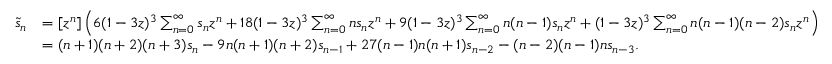
{ \begin{array} { r l } { { \tilde { s } } _ { n } } & { = [ z ^ { n } ] \left( 6 ( 1 - 3 z ) ^ { 3 } \sum _ { n = 0 } ^ { \infty } s _ { n } z ^ { n } + 1 8 ( 1 - 3 z ) ^ { 3 } \sum _ { n = 0 } ^ { \infty } n s _ { n } z ^ { n } + 9 ( 1 - 3 z ) ^ { 3 } \sum _ { n = 0 } ^ { \infty } n ( n - 1 ) s _ { n } z ^ { n } + ( 1 - 3 z ) ^ { 3 } \sum _ { n = 0 } ^ { \infty } n ( n - 1 ) ( n - 2 ) s _ { n } z ^ { n } \right) } \\ & { = ( n + 1 ) ( n + 2 ) ( n + 3 ) s _ { n } - 9 n ( n + 1 ) ( n + 2 ) s _ { n - 1 } + 2 7 ( n - 1 ) n ( n + 1 ) s _ { n - 2 } - ( n - 2 ) ( n - 1 ) n s _ { n - 3 } . } \end{array} }